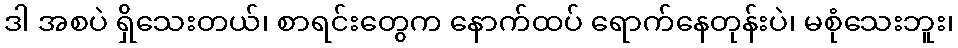
ဒါ အစပဲ ရှိသေးတယ်၊ စာရင်းတွေက နောက်ထပ် ရောက်နေတုန်းပဲ၊ မစုံသေးဘူး၊